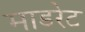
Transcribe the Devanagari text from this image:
माडरेट